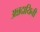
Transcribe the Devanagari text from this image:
अन्नदायिनी